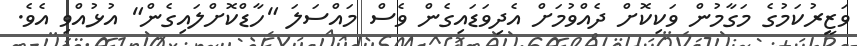
ވަޒީރުކަމުގެ މަގާމުން ވަކިކޮށް ދެއްވުމަށް އެދިވަޑައިގެން ވެސް މައްސަލަ "ހާޑްކޮށްލައިގެން" އުޅުއްވި އެވެ.